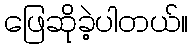
ဖြေဆိုခဲ့ပါတယ်။